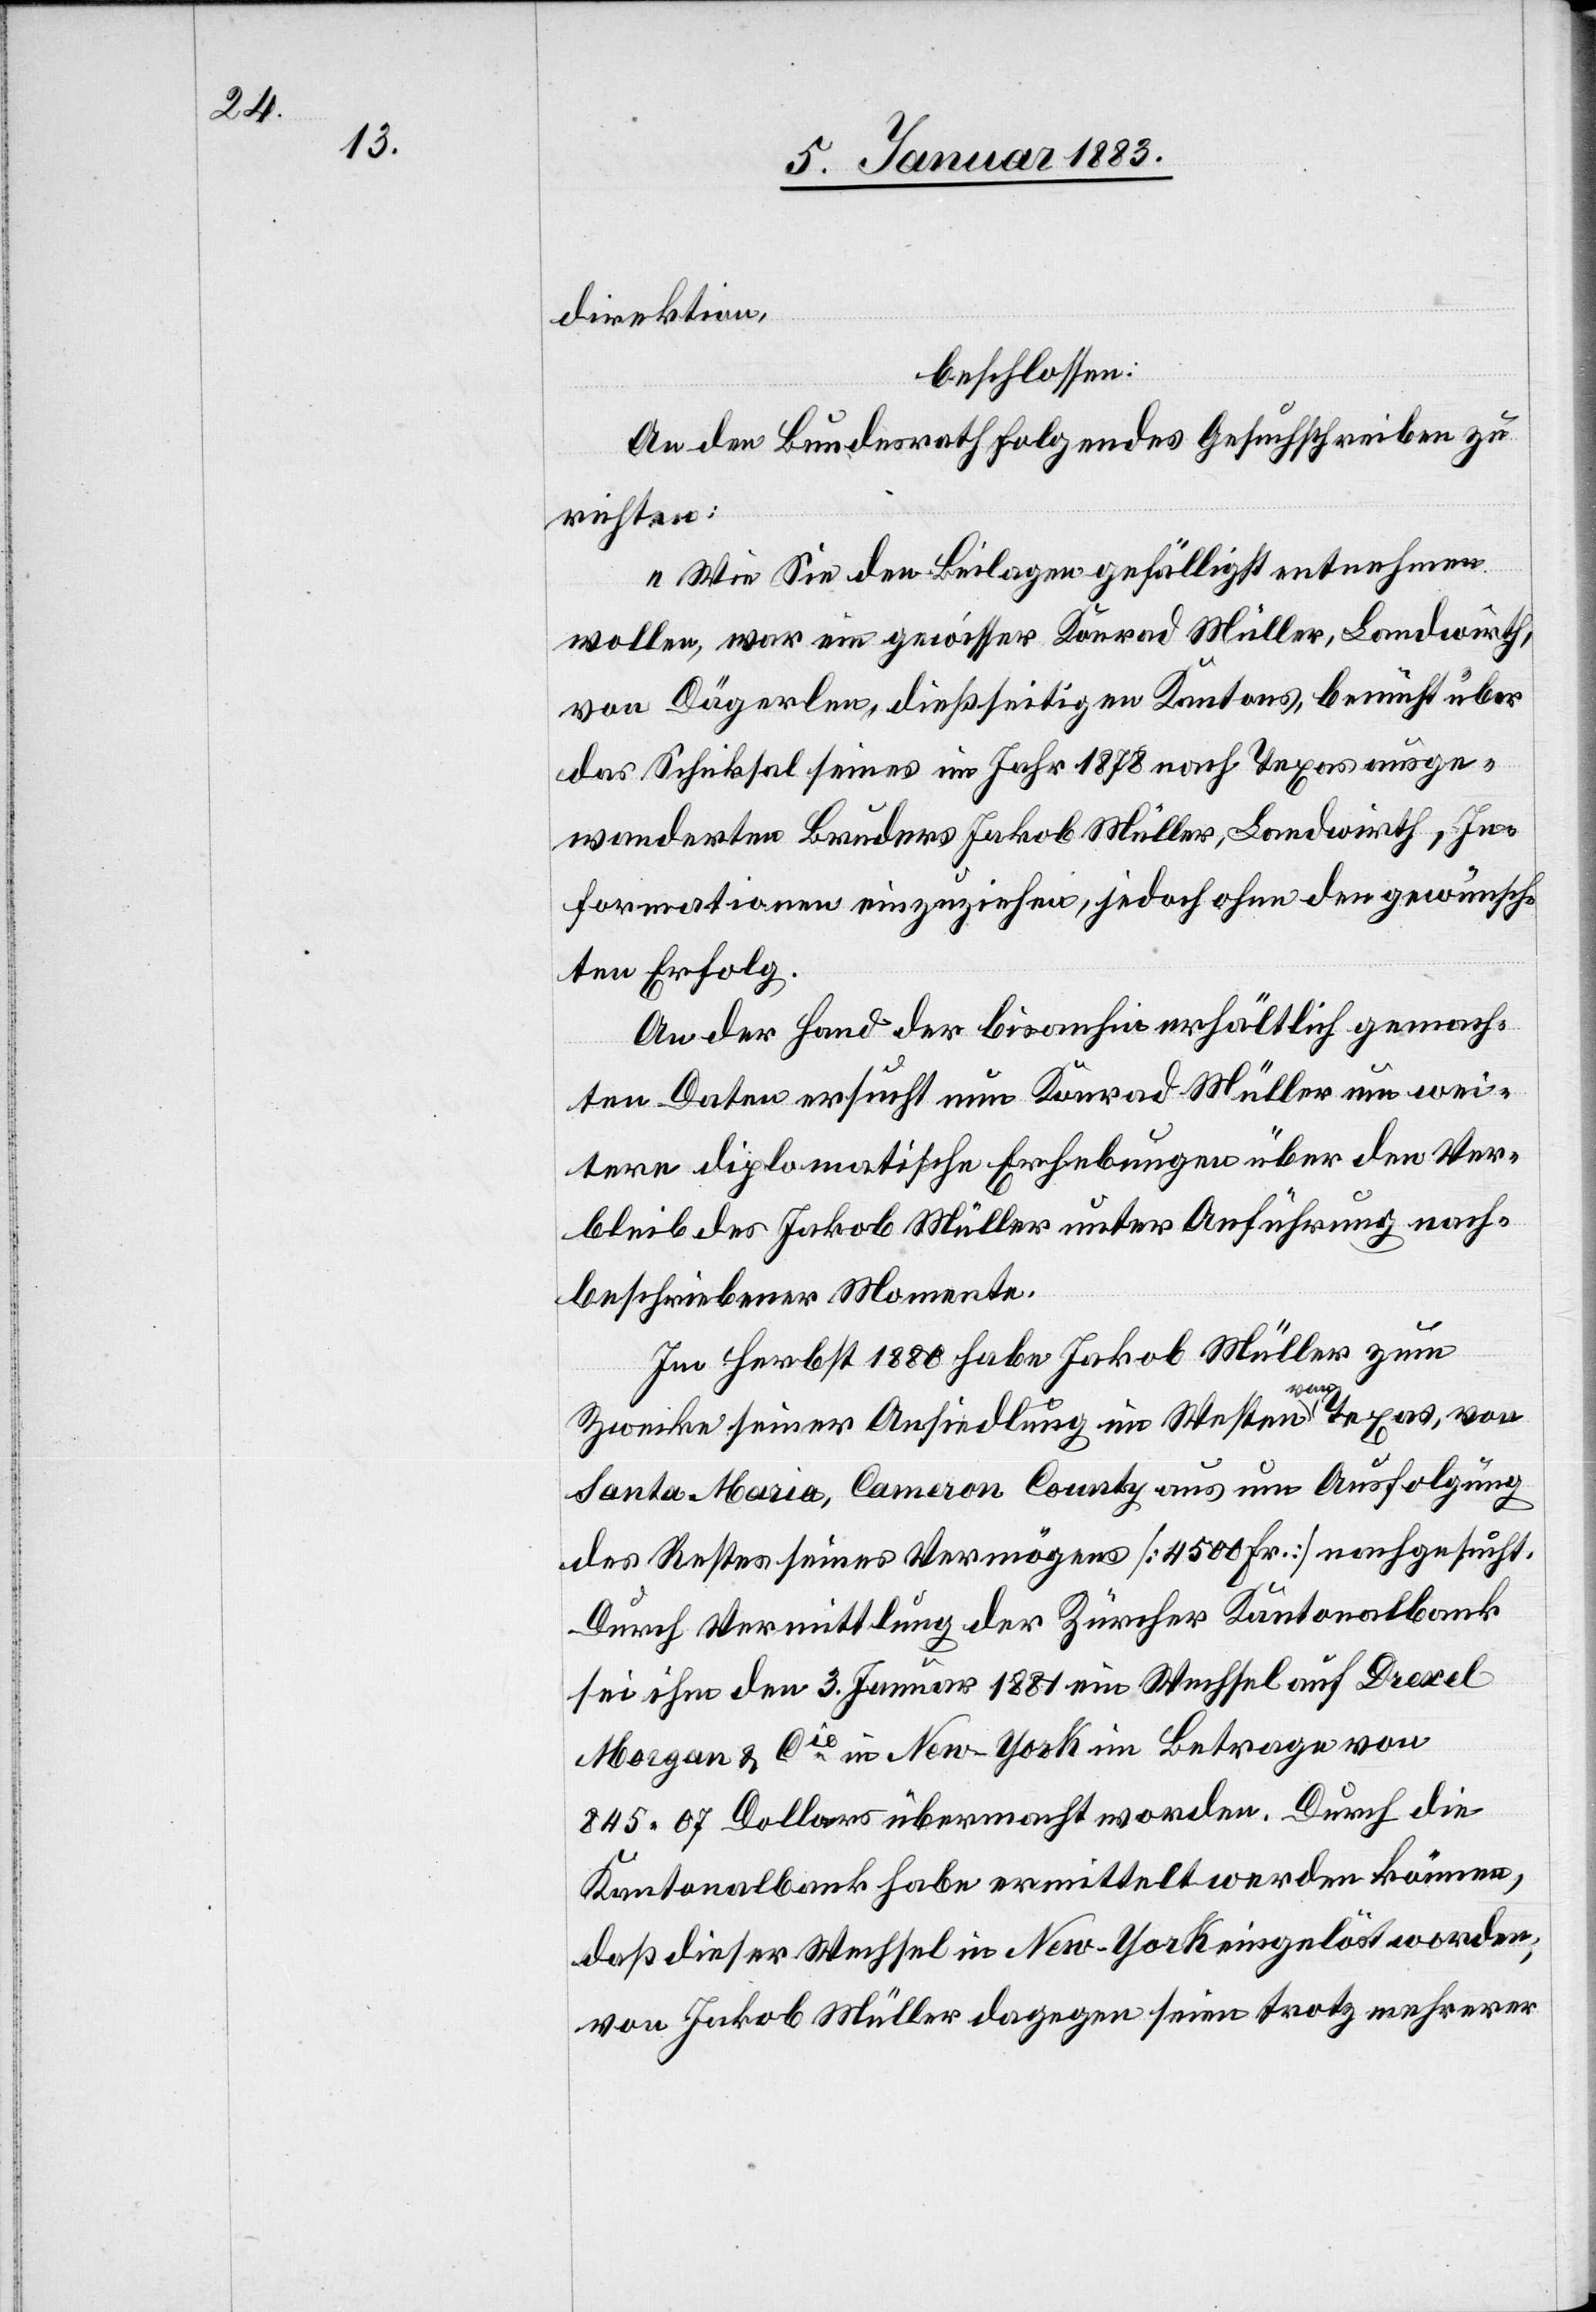
direktion
beschlossen:
An den Bundesrath folgendes Gesuchschreiben zu
richten:
„Wie Sie den Beilagen gefälligst entnehmen
wollen, war ein gewisser Konrad Müller, Landwirth,
von Dägerlen, dießseitigen Kantons, bemüht über
das Schicksal seines im Jahr 1878 nach Texas ausge¬
wanderten Bruders Jakob Müller, Landwirth, In¬
formationen einzuziehen, jedoch ohne den gewünsch¬
ten Erfolg.
An der Hand der bis anhin erhältlich gemach¬
ten Daten ersucht nun Konrad Müller um wei¬
tere diplomatische Erhebungen über den Ver¬
bleib des Jakob Müller unter Anführung nach¬
beschriebener Momente.
Im Herbst 1880 habe Jakob Müller zum
Zwecke seiner Ansiedlung im Westen von Texas, von
Santa Maria, Cameron County aus um Ausfolgung
des Restes seines Vermögens [4500 Fr.] nachgesucht.
Durch Vermittlung der Zürcher Kantonalbank
sei ihm den 3. Januar 1881 ein Wechsel auf Drexel
Morgan & Cie in New-York im Betrage von
845.07 Dollar übermacht worden. Durch die
Kantonalbank habe ermittelt werden können,
daß dieser Wechsel in New-York eingelöst worden,
von Jakob Müller dagegen seien [sic!] trotz mehrerer